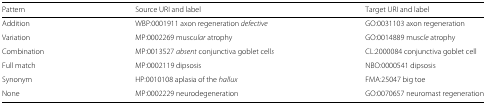
<table><thead><tr><td><b>Pattern</b></td><td><b>Source URI and label</b></td><td><b>Target URI and label</b></td></tr></thead><tbody><tr><td>Addition</td><td>WBP:0001911 axon regeneration <i>defective</i></td><td>GO:0031103 axon regeneration</td></tr><tr><td>Variation</td><td>MP:0002269 musc<i>ular</i> atrophy</td><td>GO:0014889 musc<i>le</i> atrophy</td></tr><tr><td>Combination</td><td>MP:0013527 <i>absent</i> conjunctiva goblet cell<i>s</i></td><td>CL:2000084 conjunctiva goblet cell</td></tr><tr><td>Full match</td><td>MP:0002119 dipsosis</td><td>NBO:0000541 dipsosis</td></tr><tr><td>Synonym</td><td>HP:0010108 aplasia of the <i>hallux</i></td><td>FMA:25047 big toe</td></tr><tr><td>None</td><td>MP:0002229 neurodegeneration</td><td>GO:0070657 neuromast regeneration</td></tr></tbody></table>